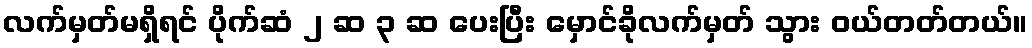
လက်မှတ်မရှိရင် ပိုက်ဆံ ၂ ဆ ၃ ဆ ပေးပြီး မှောင်ခိုလက်မှတ် သွား ဝယ်တတ်တယ်။